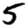
Digit: 5